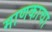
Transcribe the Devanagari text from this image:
माणकाचा